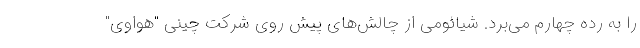
را به رده چهارم می‌برد. شیائومی از چالش‌های پیش روی شرکت چینی "هواوی"